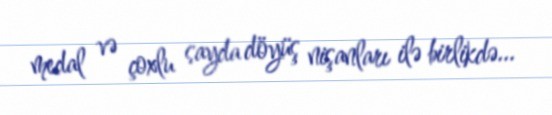
medal və çoxlu sayda döyüş nişanları ilə birlikdə...